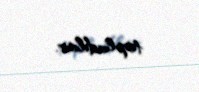
topladılar.